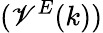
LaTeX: (\mathscr{V}^{E}(k))